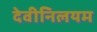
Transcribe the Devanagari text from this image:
देवीनिलयम